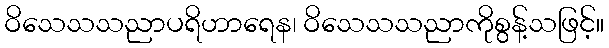
ဝိသေသသညာပရိဟာရေန၊ ဝိသေသသညာကိုစွန့်သဖြင့်။